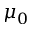
\mu _ { 0 }